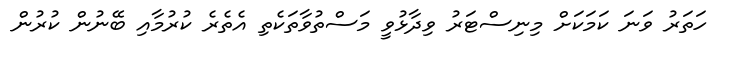
ހަތަރު ވަނަ ކަމަކަށް މިނިސްޓަރު ވިދާޅުވީ މަސްތުވާތަކެތި އެތެރެ ކުރުމާއި ބޭނުން ކުރުން